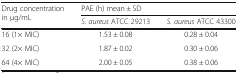
<table><thead><tr><td rowspan="2"><b>Drug concentration in μg/mL</b></td><td colspan="2"><b>PAE (h) mean ± SD</b></td></tr><tr><td><b><i>S. aureus</i> ATCC 29213</b></td><td><b><i>S. aureus</i> ATCC 43300</b></td></tr></thead><tbody><tr><td>16 (1× MIC)</td><td>1.53 ± 0.08</td><td>0.28 ± 0.04</td></tr><tr><td>32 (2× MIC)</td><td>1.87 ± 0.02</td><td>0.30 ± 0.06</td></tr><tr><td>64 (4× MIC)</td><td>2.00 ± 0.05</td><td>0.38 ± 0.06</td></tr></tbody></table>